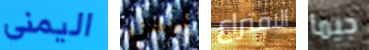
اليمني ليس الاقتراع جيما